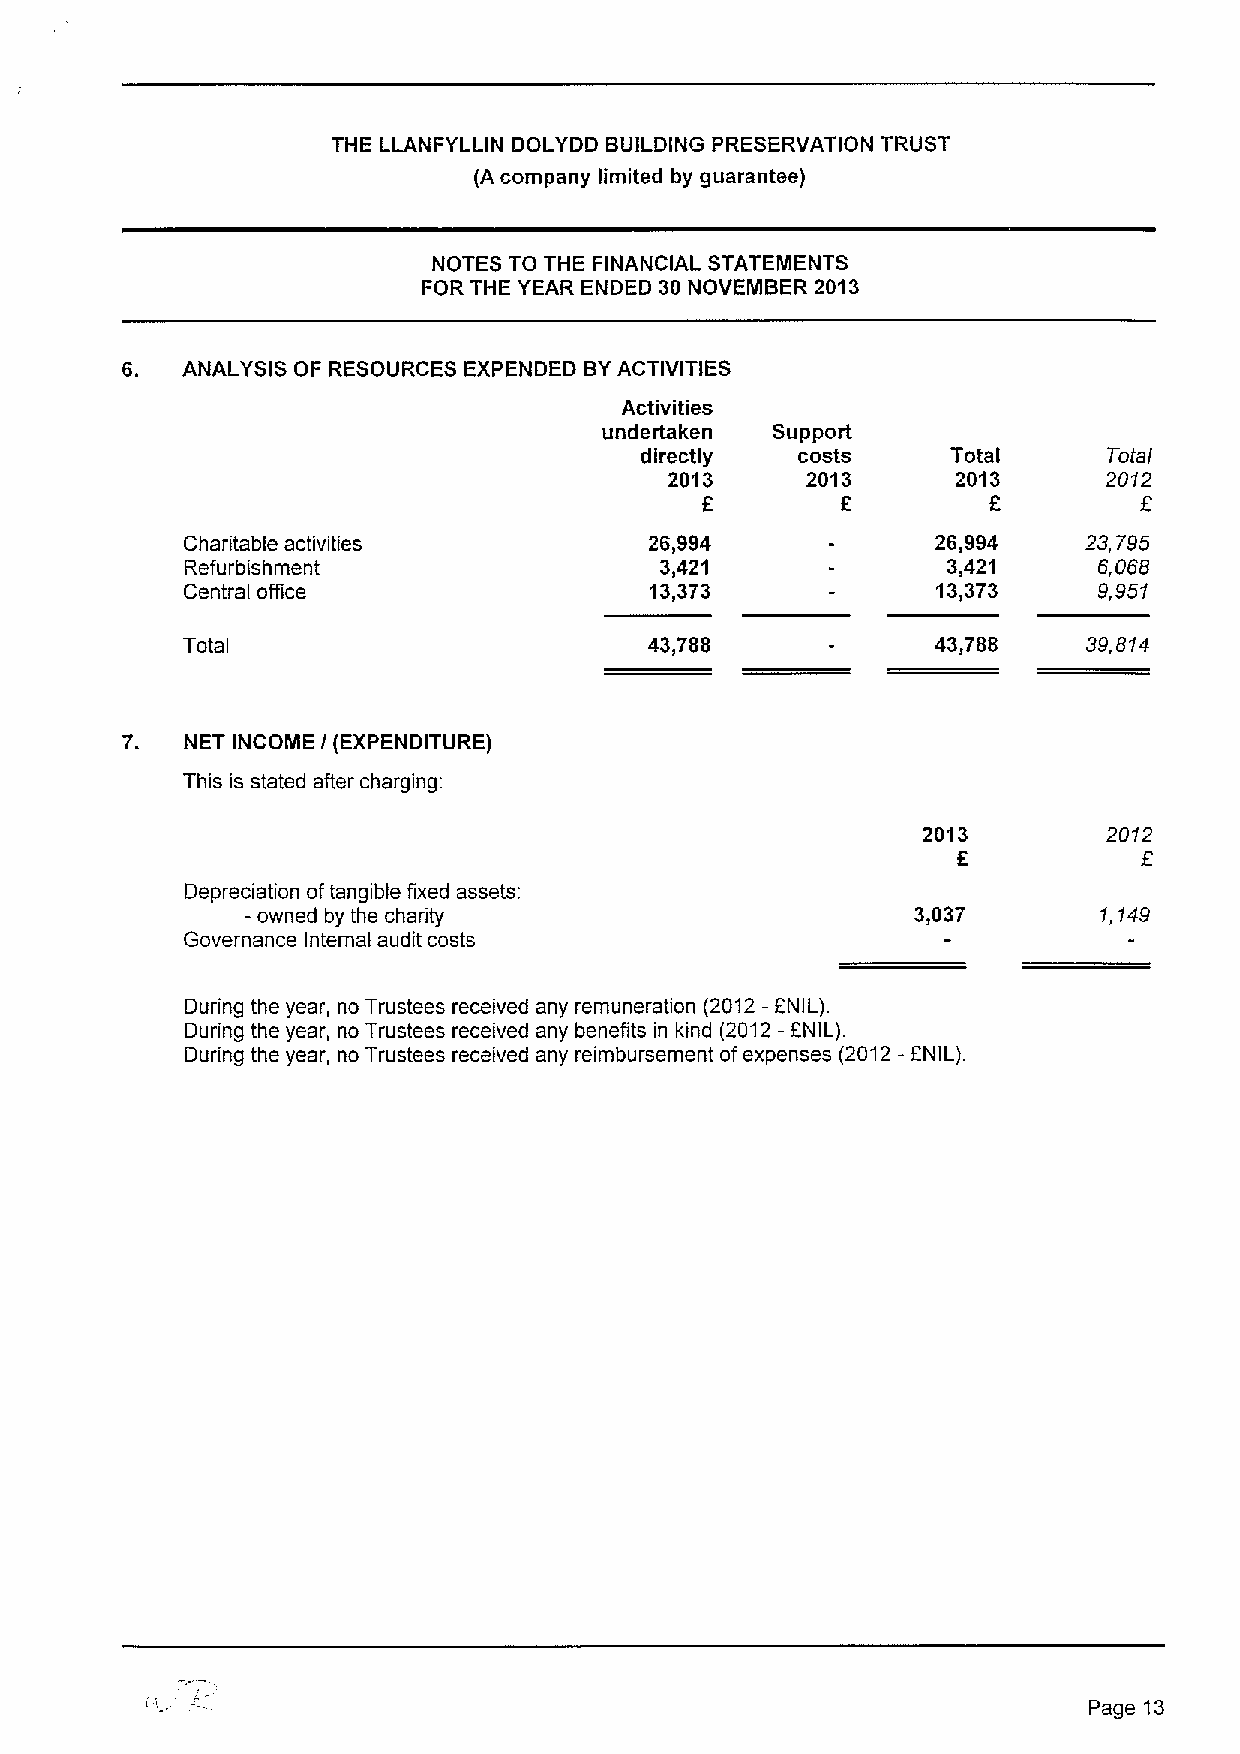
THE LLANFYLLIN DOLYDD BUILDING PRESERVATION TRUST
 (A company limited by guarantee)
 NOTES TO THE FINANCIAL STATEMENTS
 FOR THE YEAR ENDED 30NOVEMBER 2013
 ANALYSIS OF RESOURCES EXPENDED BYACTIVITIES
 Activities
 undertaken Support
 directly   costs     Total     Total
 2013     2013      2013      2012
 F         6        F
 Charitable activities          26,994             26,994    23,795
 Refurbishment                   3,421              3,421     5,068
 Central office                 13,373             13,373     9,951
 Total                          43,788             43,788    39,814
 7.  NET INCOME I(EXPENDITURE)
 This is stated after charging:
 2013        2012
 f
 Depreciation oftangible fixed assets:
 -owned by the charity                        3,037       1,149
 Governance Internal audit costs
 During the year, no Trustees received any remuneration (2012—ENIL).
 During the year, no Trustees received any benefits in kind (2012—ENIL).
 During the year, no Trustees received any reimbursement ofexpenses
 (2012-f
 NIL).
 Page 13